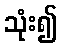
သုံး၍